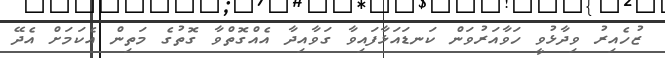
ޒުހެއިރު ވިދާޅުވީ ހަވާއަރުވަން ކަނޑައަޅާފައިވާ ގަވާއިދާ އެއްގޮތްވާ ގޮތުގެ މަތިން އެކަމަށް އެދޭ